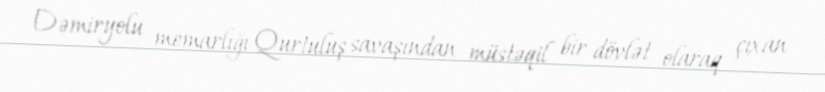
Dəmiryolu memarlığı Qurtuluş savaşından müstəqil bir dövlət olaraq çıxan